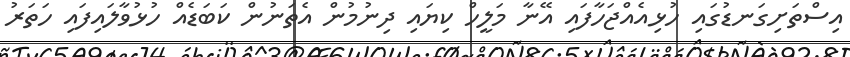
އިސްތަށިގަނޑުގައި ހުޅިއެއްޖަހާފައި އޭނާ މަލީހް ކިޔައި ދިނުމުން އެތަނުން ކަބަޑެއް ހުޅުވާލައިފައި ހަތަރު